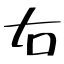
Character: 右